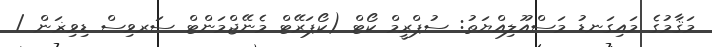
މަޤާމުގެ މައިގަނޑު މަސްއޫލިއްޔަތު: ސުޕްރީމް ކޯޓް (ކޯޕަރޭޓް މެނޭޖްމަންޓް ސަރވިސް ޑިވިޜަން /